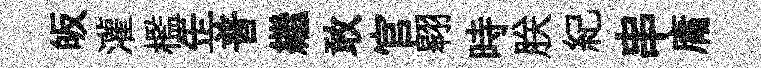
皈灌檻𦈢普繼敢官翱時朕紀串庸